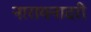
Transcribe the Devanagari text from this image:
नारायनादरी